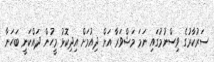
ސަރުކާރުގެ ވިސްނުމުގައި ނަމަ މަޝްވަރާ އަށް ދިއުމަށް އިދިކޮޅު މީހުން ދައްކަނީ ބަހަނާ